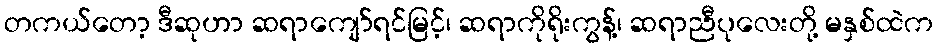
တကယ်တော့ ဒီဆုဟာ ဆရာကျော်ရင်မြင့်၊ ဆရာကိုရိုးကွန့်၊ ဆရာညီပုလေးတို့ မနှစ်ထဲက